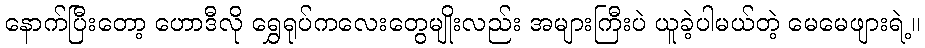
နောက်ပြီးတော့ ဟောဒီလို ရွှေရုပ်ကလေးတွေမျိုးလည်း အများကြီးပဲ ယူခဲ့ပါမယ်တဲ့ မေမေဖျားရဲ့။